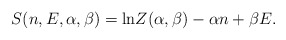
\begin{align*}S(n,E,\alpha,\beta)={\rm ln} Z(\alpha,\beta)-\alpha n+\beta E.\end{align*}